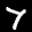
Label: 7